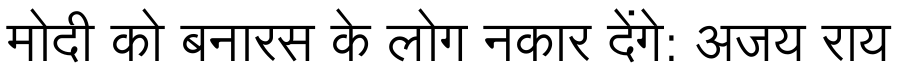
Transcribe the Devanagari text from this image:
मोदी को बनारस के लोग नकार देंगे: अजय राय